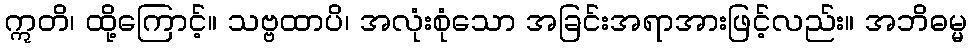
ဣတိ၊ ထို့ကြောင့်။ သဗ္ဗထာပိ၊ အလုံးစုံသော အခြင်းအရာအားဖြင့်လည်း။ အဘိဓမ္မ